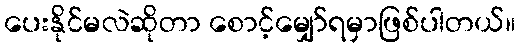
ပေးနိုင်မလဲဆိုတာ စောင့်မျှော်ရမှာဖြစ်ပါတယ်။